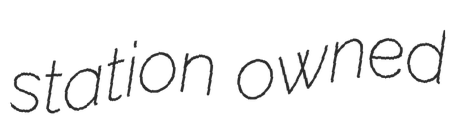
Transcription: station owned